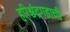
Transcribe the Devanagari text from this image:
हरिश्चंद्रगडाची